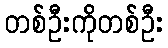
တစ်ဦးကိုတစ်ဦး